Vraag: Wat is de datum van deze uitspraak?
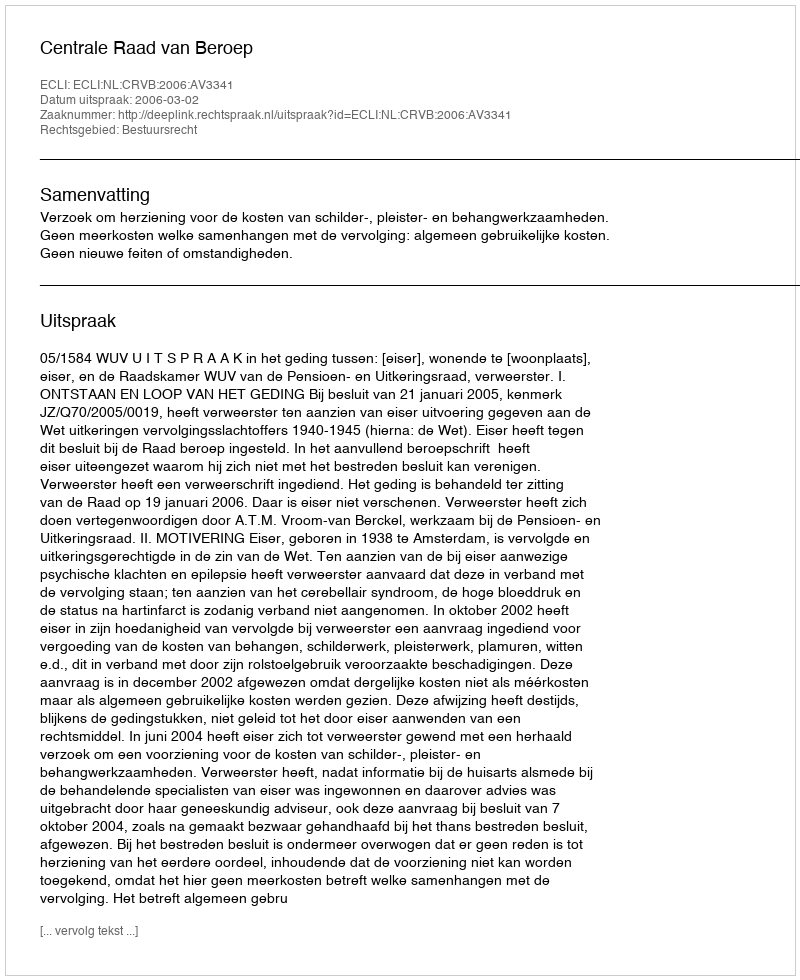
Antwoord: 2006-03-02